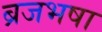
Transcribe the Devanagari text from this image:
ब्रजभषा